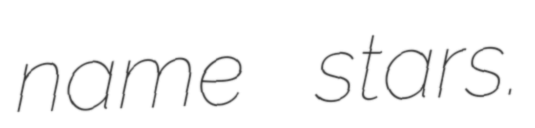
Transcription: name stars.